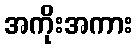
အကိုးအကား